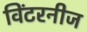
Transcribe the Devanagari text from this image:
विंटरनीज